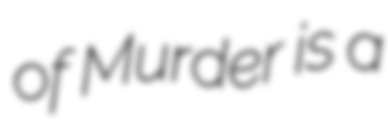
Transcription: of Murder is a